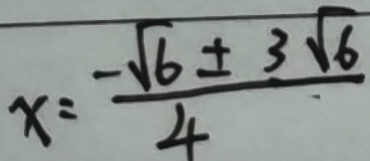
x = \frac { - \sqrt { 6 } \pm 3 \sqrt { 6 } } { 4 }